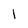
Character: 1